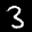
Label: 3